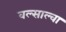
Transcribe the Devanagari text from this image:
वल्साल्वा